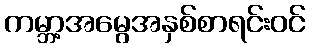
ကမ္ဘာ့အမွေအနှစ်စာရင်းဝင်